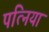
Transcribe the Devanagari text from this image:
पत्निया